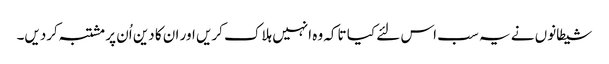
شیطانوں نے یہ سب اس لئے کیا تاکہ وہ انہیں ہلاک کریں اور ان کا دین اُن پر مشتبہ کردیں۔